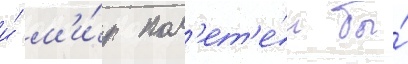
и́ м'и́р пол'ет'е́л бы́